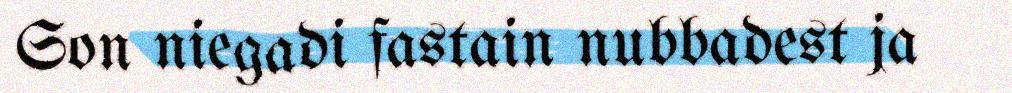
Son niegadi fastain nubbadest ja